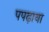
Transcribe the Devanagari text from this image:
पपढ़ाया